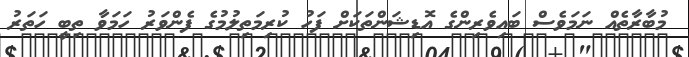
މުބާރާތެއް ނަމަވެސް ބައިވެރިންގެ އޮޑިޝަންތަކަށް ފަހު ކުރިމަތިލުމުގެ ފެންވަރު ހަމަވާ ތިބީ ހަތަރު